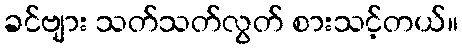
ခင်ဗျား သတ်သတ်လွတ် စားသင့်တယ်။